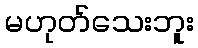
မဟုတ်သေးဘူး